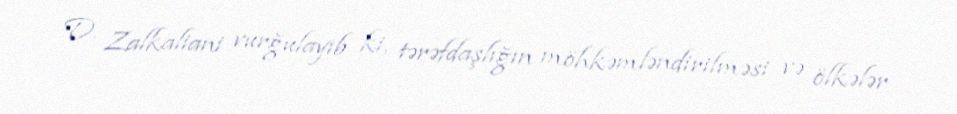
D. Zalkaliani vurğulayıb ki, tərəfdaşlığın möhkəmləndirilməsi və ölkələr